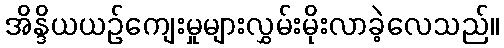
အိန္ဒိယယဉ်ကျေးမှုများလွှမ်းမိုးလာခဲ့လေသည်။